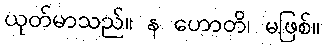
ယုတ်မာသည်။ န ဟောတိ၊ မဖြစ်။